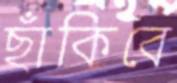
ছাঁকিবে